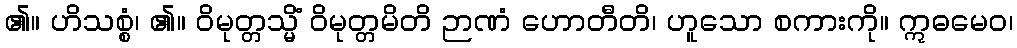
၏။ ဟိသစ္စံ၊ ၏။ ဝိမုတ္တသ္မိံ ဝိမုတ္တမိတိ ဉာဏံ ဟောတီတိ၊ ဟူသော စကားကို။ ဣဓမေဝ၊